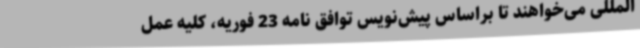
المللی می‌خواهند تا براساس پیش‌نویس توافق نامه 23 فوریه، کلیه عمل